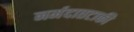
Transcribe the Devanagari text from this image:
नर्मदातटाकी